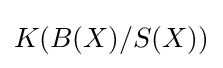
K(B(X)/S(X))